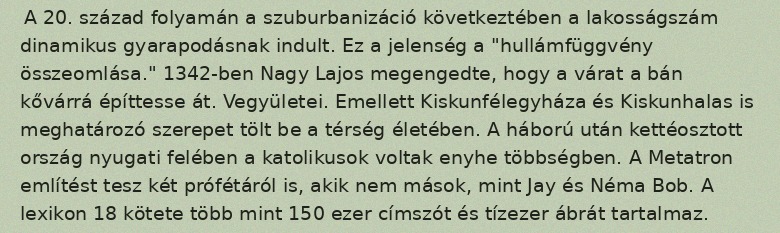
A 20. század folyamán a szuburbanizáció következtében a lakosságszám dinamikus gyarapodásnak indult. Ez a jelenség a "hullámfüggvény összeomlása." 1342-ben Nagy Lajos megengedte, hogy a várat a bán kővárrá építtesse át. Vegyületei. Emellett Kiskunfélegyháza és Kiskunhalas is meghatározó szerepet tölt be a térség életében. A háború után kettéosztott ország nyugati felében a katolikusok voltak enyhe többségben. A Metatron említést tesz két prófétáról is, akik nem mások, mint Jay és Néma Bob. A lexikon 18 kötete több mint 150 ezer címszót és tízezer ábrát tartalmaz.